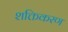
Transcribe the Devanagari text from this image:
शक्तिकरण